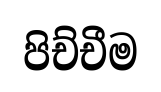
පිච්චීම